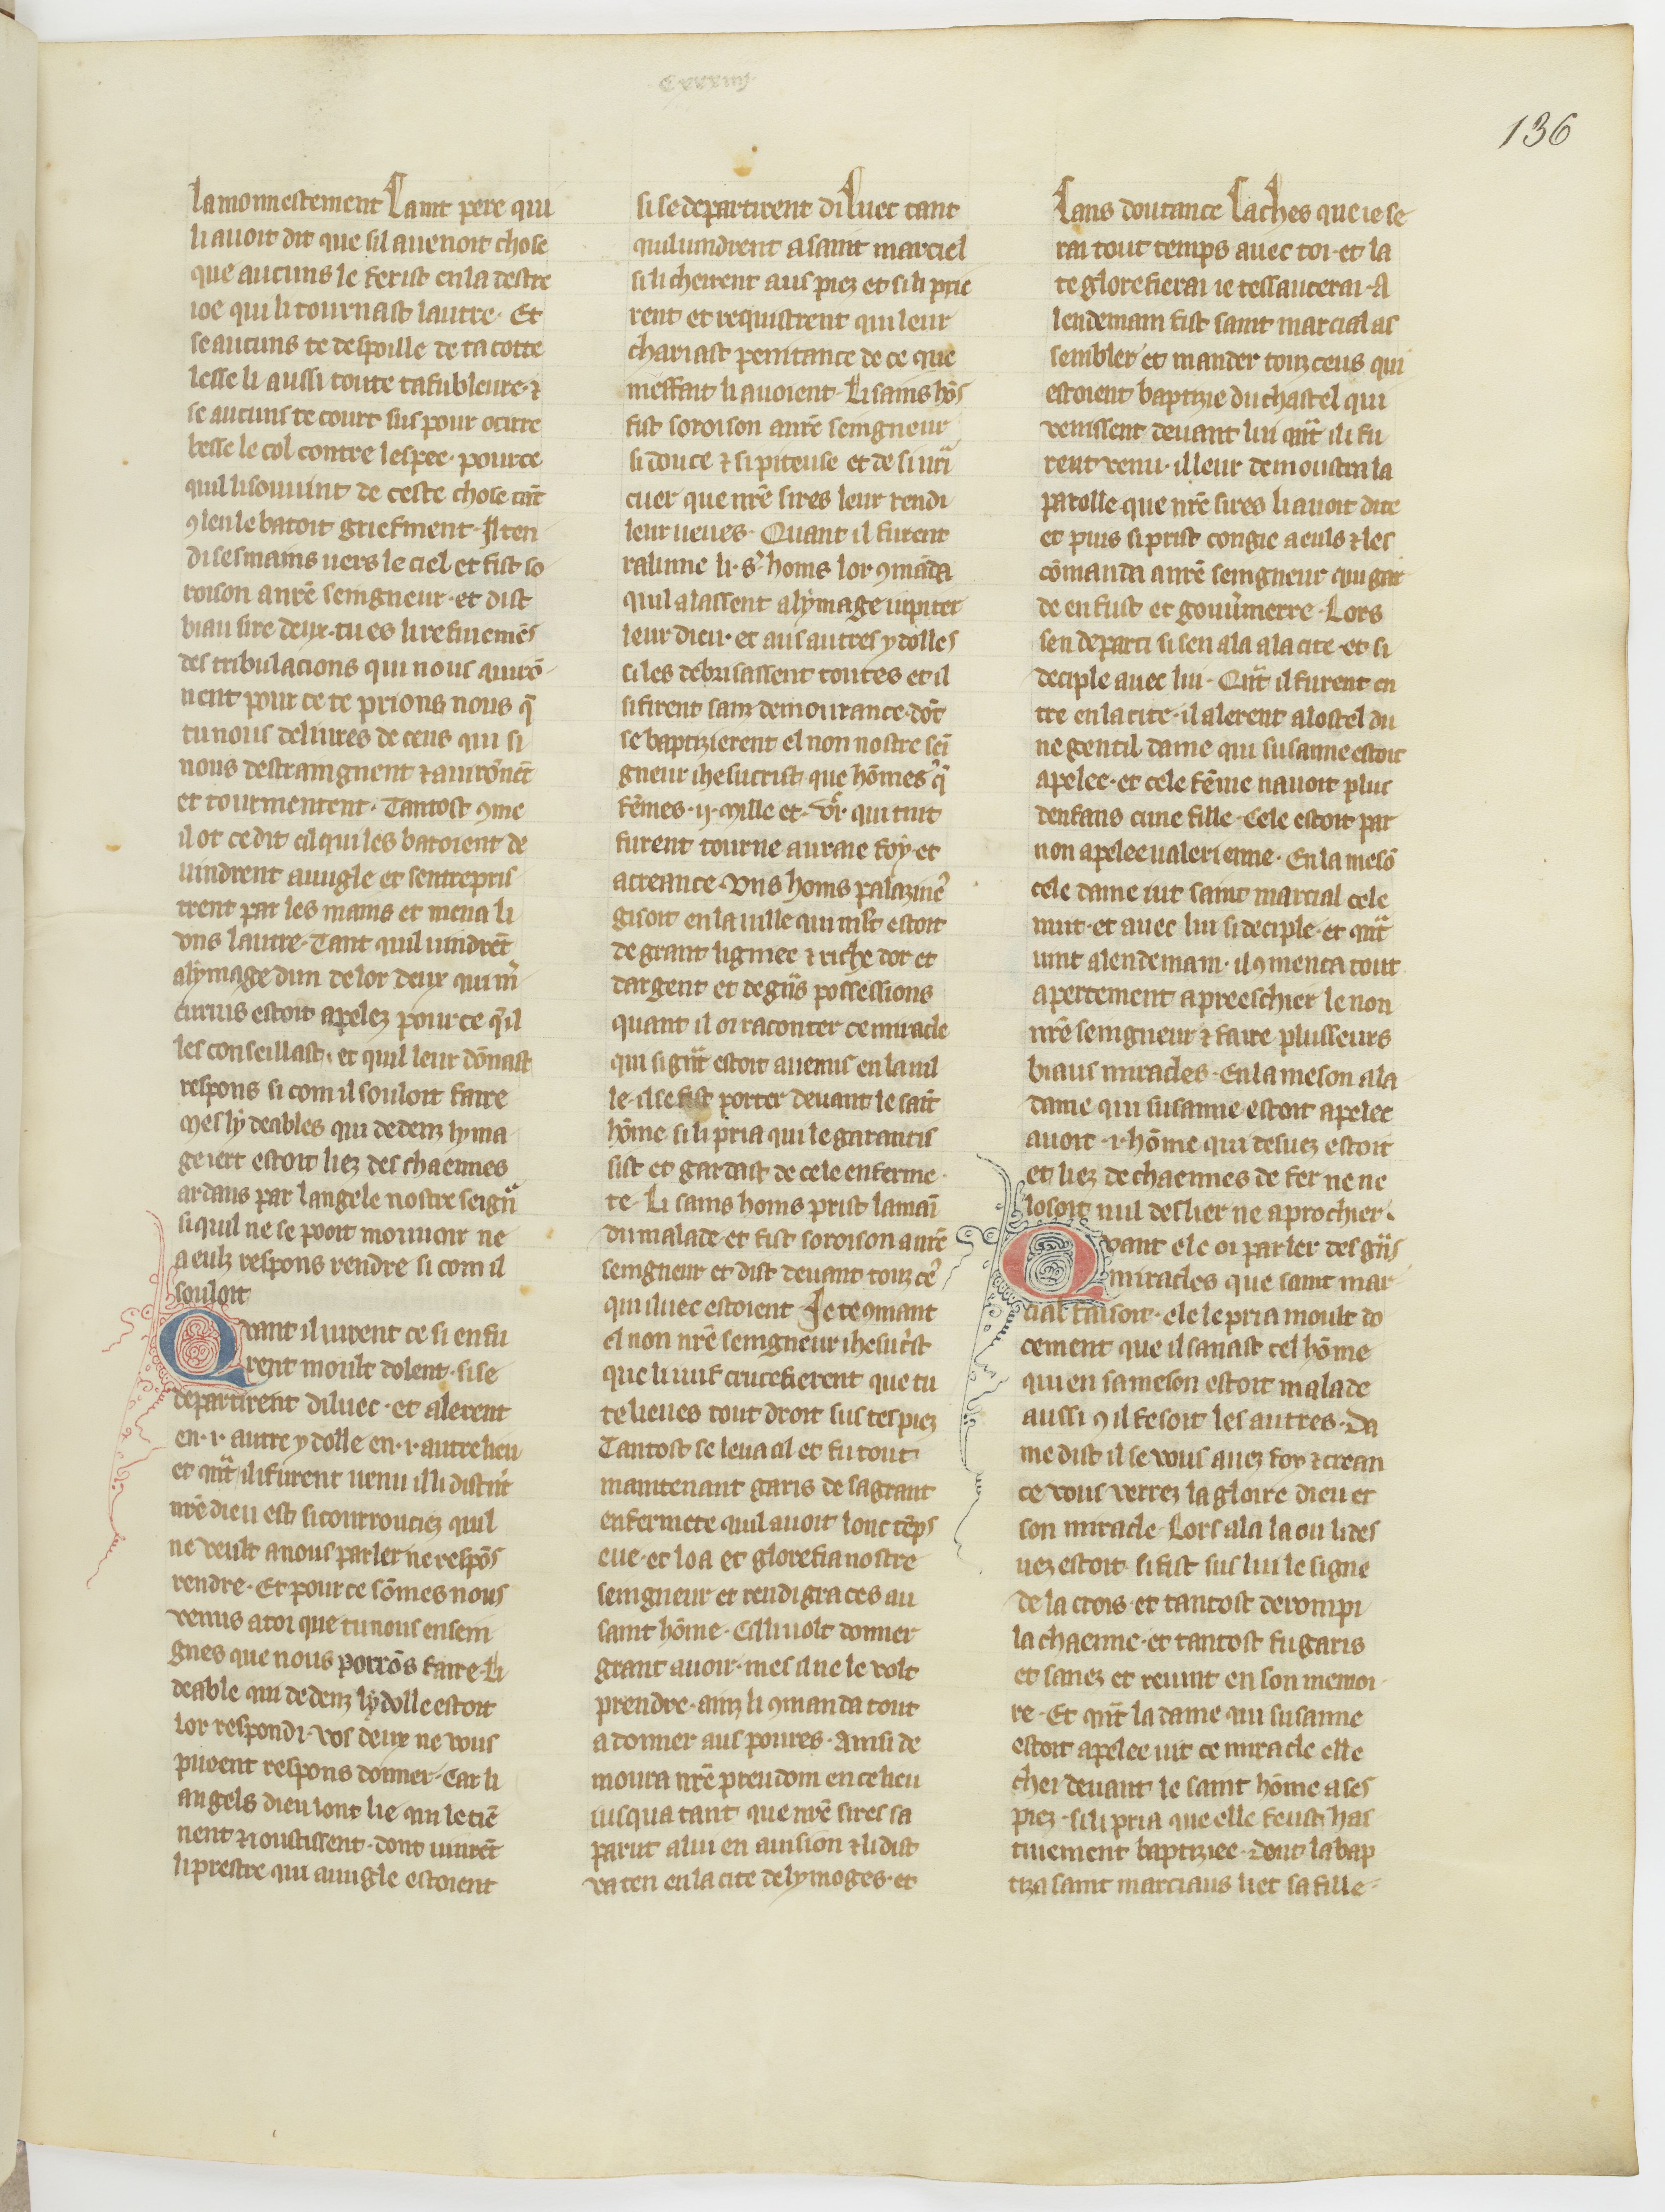
Shelfmark: Paris, BnF, fr. 185
Century: 15